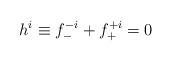
LaTeX: \begin{align*}h^i \equiv f^{-i}_{-} + f^{+i}_{+} = 0\end{align*}